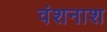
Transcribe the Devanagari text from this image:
वंशनाश